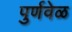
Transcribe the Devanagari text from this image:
पुर्णवेळ